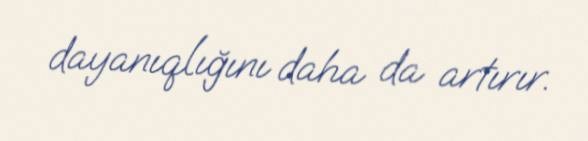
dayanıqlığını daha da artırır.